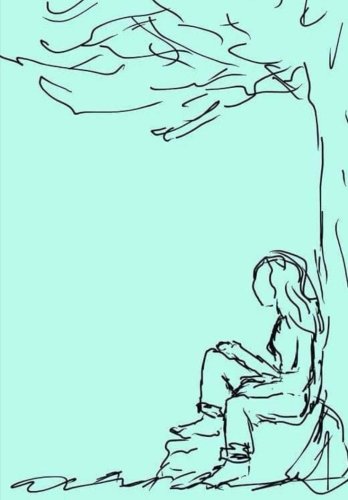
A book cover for Pocket Dreams (Volume 1); Jeseca Robin Lowell; Literature & Fiction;